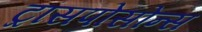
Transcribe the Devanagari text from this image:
ट्रांसपोसोन्स